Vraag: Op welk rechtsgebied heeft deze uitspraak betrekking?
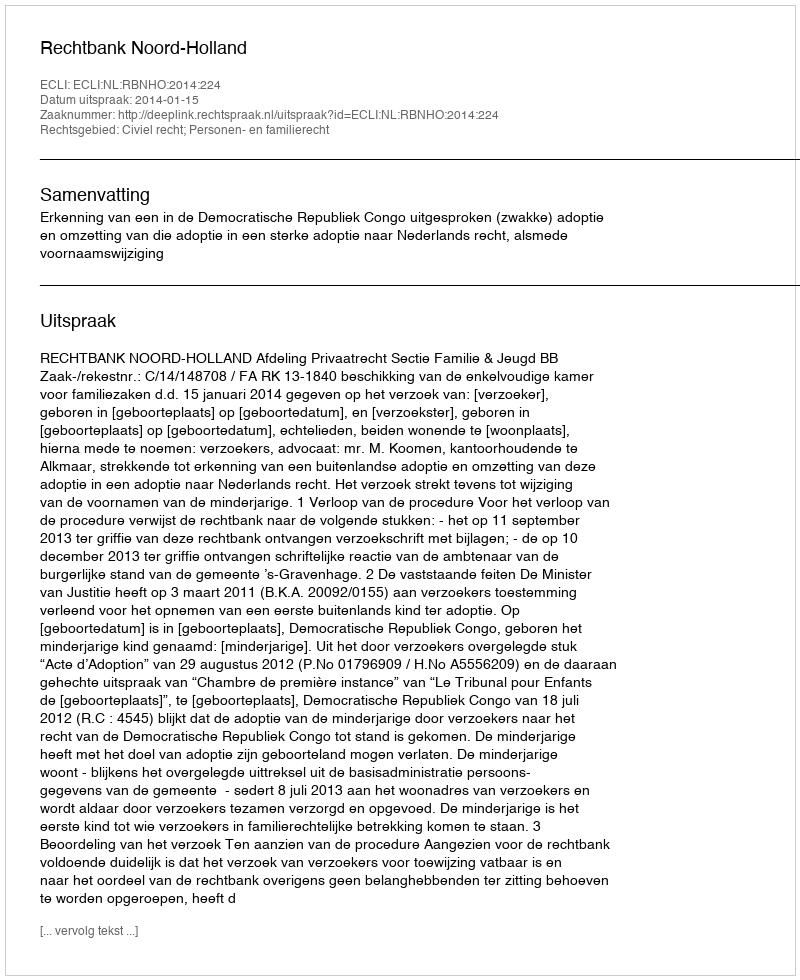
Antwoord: Civiel recht; Personen- en familierecht